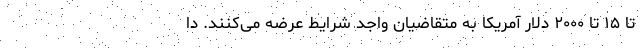
تا ۱۵ تا ۲۰۰۰ دلار آمریکا به متقاضیان واجد شرایط عرضه می‌کنند. دا